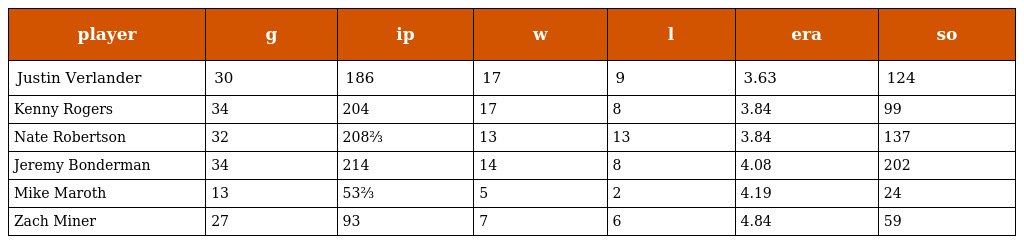
| player | g | ip | w | l | era | so |
 | --- | --- | --- | --- | --- | --- | --- |
 | Justin Verlander | 30 | 186 | 17 | 9 | 3.63 | 124 |
 | Kenny Rogers | 34 | 204 | 17 | 8 | 3.84 | 99 |
 | Nate Robertson | 32 | 208⅔ | 13 | 13 | 3.84 | 137 |
 | Jeremy Bonderman | 34 | 214 | 14 | 8 | 4.08 | 202 |
 | Mike Maroth | 13 | 53⅔ | 5 | 2 | 4.19 | 24 |
 | Zach Miner | 27 | 93 | 7 | 6 | 4.84 | 59 |